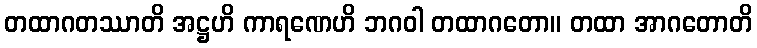
တထာဂတဿာတိ အဋ္ဌဟိ ကာရဏေဟိ ဘဂဝါ တထာဂတော။ တထာ အာဂတောတိ